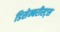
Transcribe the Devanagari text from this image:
डिसेम्बरीस्ट्स